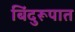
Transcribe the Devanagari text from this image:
बिंदुरूपात